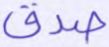
صدق